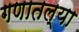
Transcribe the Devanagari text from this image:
गणातल्या